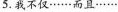
5.我不仅······而且······